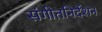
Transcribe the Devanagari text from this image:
संगीतनिर्देशन